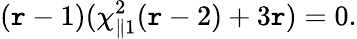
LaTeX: (\mathtt{r}-1)(\chi_{\parallel1}^{2}(\mathtt{r}-2)+3\mathtt{r})=0.